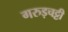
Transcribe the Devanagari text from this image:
गरुड़चट्टी